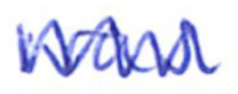
Text: was
Cross-out: zig-zag
Writing tool: ballpoint